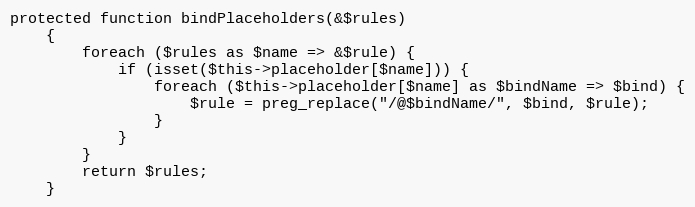
Language: PHP
protected function bindPlaceholders(&$rules)
    {
        foreach ($rules as $name => &$rule) {
            if (isset($this->placeholder[$name])) {
                foreach ($this->placeholder[$name] as $bindName => $bind) {
                    $rule = preg_replace("/@$bindName/", $bind, $rule);
                }
            }
        }
        return $rules;
    }